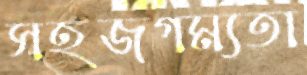
সহজগম্যতা